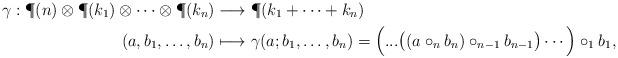
LaTeX: \begin{align*}\gamma:{\P}(n)\otimes{\P}(k_1)\otimes\cdots\otimes{\P}(k_n)&\longrightarrow {\P}(k_1+\cdots +k_n) \\(a,b_1,\ldots,b_n) & \longmapsto \gamma(a;b_1,\ldots ,b_n)=\Big(...\big((a\circ_n b_n)\circ_{n-1} b_{n-1}\big)\cdots\Big)\circ_1 b_1, \end{align*}